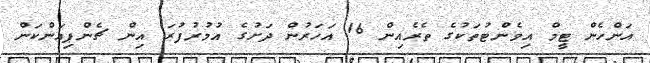
އަންހެން ޓީމް އިވެންޓުތަކުގެ ތެރެއިން 16 އަހަރުން ދަށުގެ އުމުރުފުރަ އިން ޗެންޕިއަންކަން